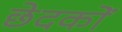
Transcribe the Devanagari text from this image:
छेदकों